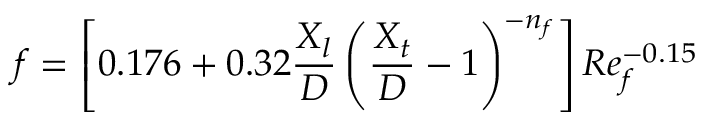
f = \left[ 0 . 1 7 6 + 0 . 3 2 \frac { X _ { l } } { D } \left( \frac { X _ { t } } { D } - 1 \right) ^ { - n _ { f } } \right] R e _ { f } ^ { - 0 . 1 5 }